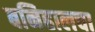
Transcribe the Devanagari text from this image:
बनिहालचा